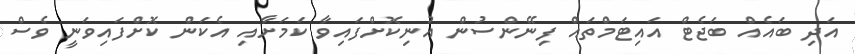
އަދި ބައެއް ބަޖެޓް އައިޓަމްތައް ފިނޭންސުން އުނިކޮށްފައިވާ ކަމަށާއި އެކަން ކޮށްފައިވަނީ ވެސް